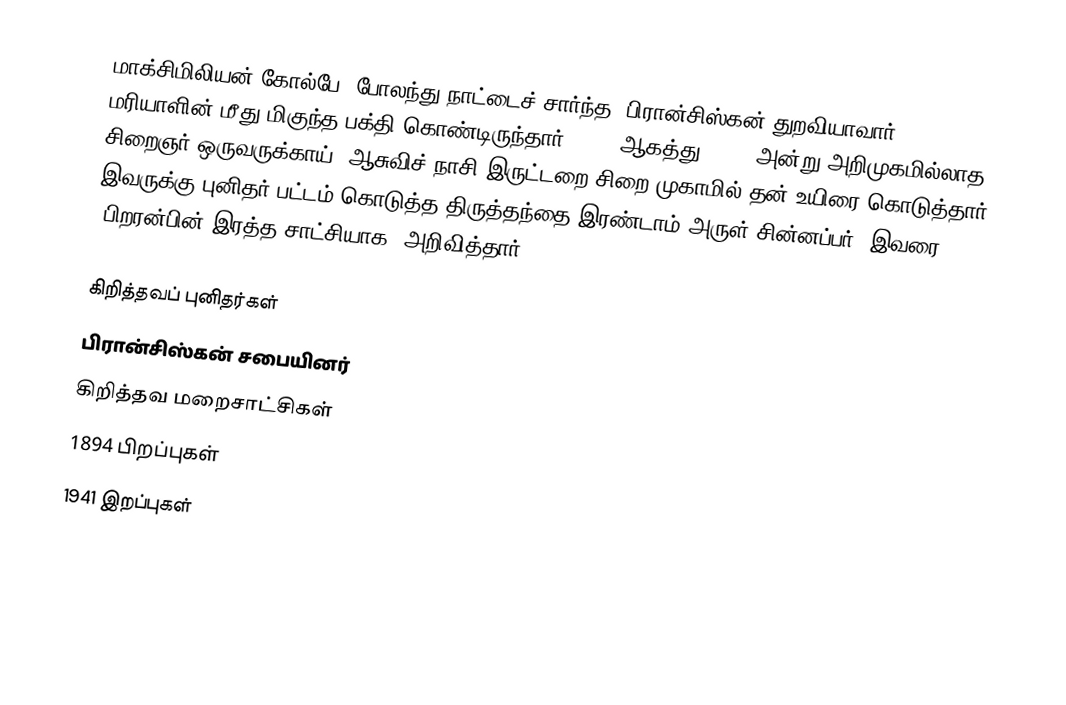
மாக்சிமிலியன் கோல்பே, போலந்து நாட்டைச் சார்ந்த, பிரான்சிஸ்கன் துறவியாவார். மரியாளின் மீது மிகுந்த பக்தி கொண்டிருந்தார். 14 - ஆகத்து, 1941 அன்று அறிமுகமில்லாத சிறைஞர் ஒருவருக்காய், ஆசுவிச் நாசி இருட்டறை சிறை முகாமில் தன் உயிரை கொடுத்தார். இவருக்கு புனிதர் பட்டம் கொடுத்த திருத்தந்தை இரண்டாம் அருள் சின்னப்பர், இவரை 'பிறரன்பின் இரத்த சாட்சியாக' அறிவித்தார்.

கிறித்தவப் புனிதர்கள்
பிரான்சிஸ்கன் சபையினர்
கிறித்தவ மறைசாட்சிகள்
1894 பிறப்புகள்
1941 இறப்புகள்